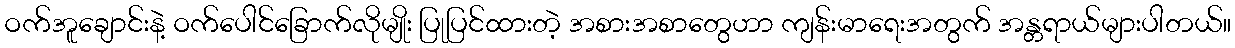
ဝက်အူချောင်းနဲ့ ဝက်ပေါင်ခြောက်လိုမျိုး ပြုပြင်ထားတဲ့ အစားအစာတွေဟာ ကျန်းမာရေးအတွက် အန္တရာယ်များပါတယ်။